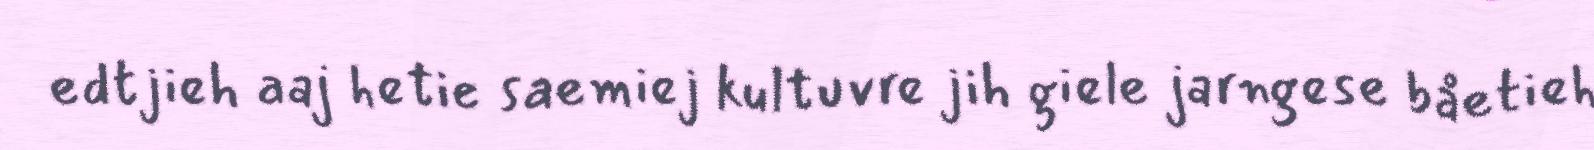
edtjieh aaj hetie saemiej kultuvre jih giele jarngese båetieh